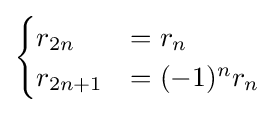
{\begin{cases}r_{2n}&=r_{n}\\r_{2n+1}&=(-1)^{n}r_{n}\end{cases}}